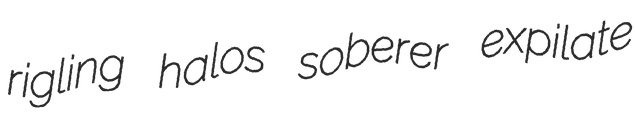
rigling halos soberer expilate